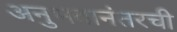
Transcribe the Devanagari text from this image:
अनुभवानंतरची